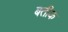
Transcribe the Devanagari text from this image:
बतीक